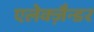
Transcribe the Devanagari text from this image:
एलेक्ज़ैन्डर